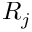
R _ { j }